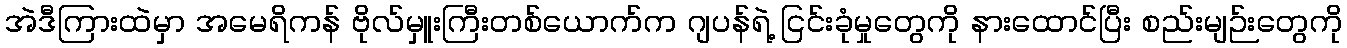
အဲဒီကြားထဲမှာ အမေရိကန် ဗိုလ်မှူးကြီးတစ်ယောက်က ဂျပန်ရဲ့ ငြင်းခုံမှုတွေကို နားထောင်ပြီး စည်းမျဉ်းတွေကို